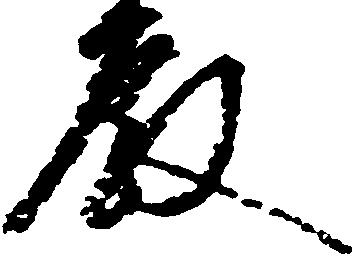
殿